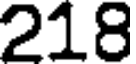
218